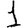
Digit: 1